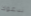
ندعوك